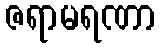
ဇရာမရဏာ